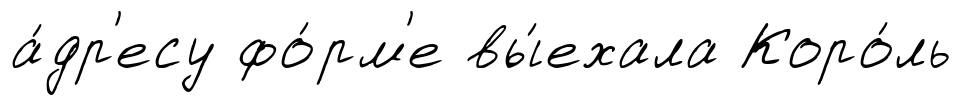
а́др'есу фо́рм'е вы́ехала Коро́ль